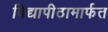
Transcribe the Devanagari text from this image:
विद्यापीठामार्फत